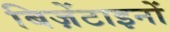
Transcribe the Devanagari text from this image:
बिज़ेंटाइनों